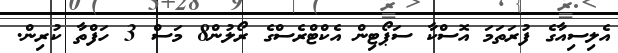
އެލިސިއާގެ ފުރަތަމަ އޮސްކާ ސަޕޯޓިން އެކްޓްރެސްގެ ރޯލުން8 މަސް 3 ހަފްތާ ކުރިން.